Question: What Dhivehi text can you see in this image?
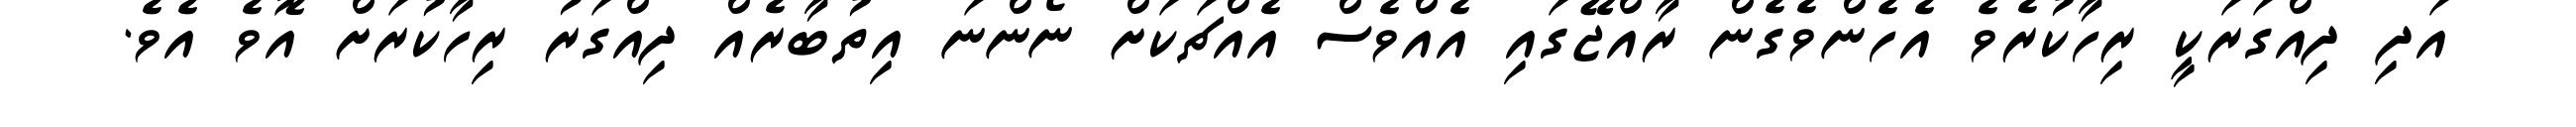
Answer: އަދި ދިއްގަރަކީ ރިހާކުރެވެ އެހެންވެގެން ރާއްޖޭގައި އެއްވެސް އެއްޗަކަށް ނޯންނަ އިތުބާރެއް ދިއްގަރު ރިހާކުރަށް އޮވެ އެވެ.